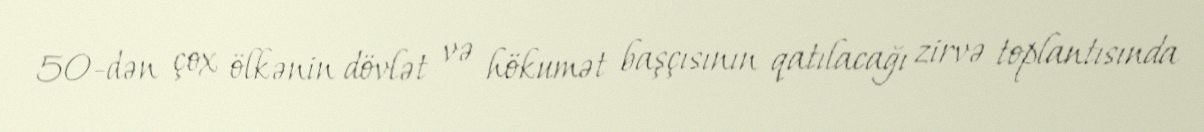
50-dən çox ölkənin dövlət və hökumət başçısının qatılacağı zirvə toplantısında